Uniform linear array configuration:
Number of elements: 8
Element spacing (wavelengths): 0.5
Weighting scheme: binomial
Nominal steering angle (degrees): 15
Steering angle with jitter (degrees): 16.739
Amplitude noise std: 0.05
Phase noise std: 0.05

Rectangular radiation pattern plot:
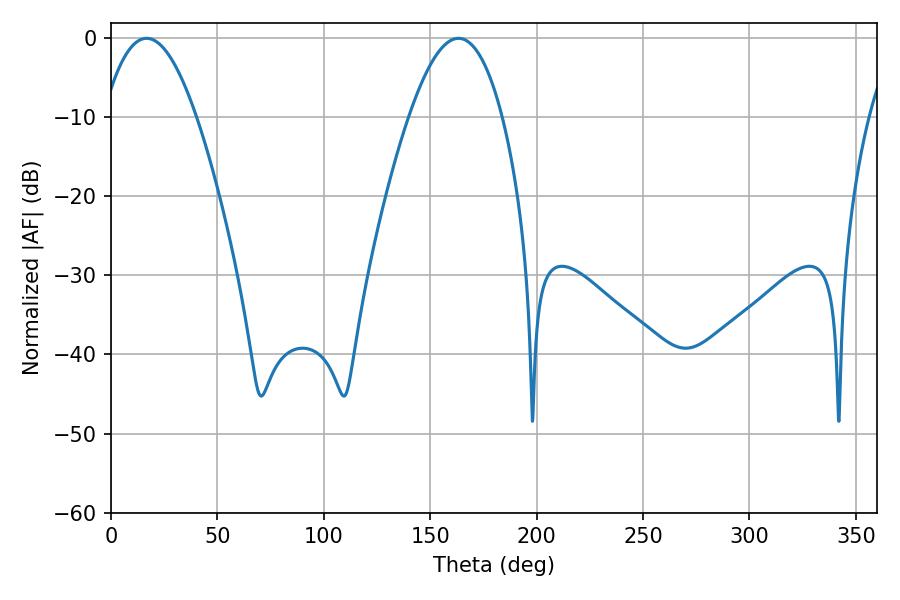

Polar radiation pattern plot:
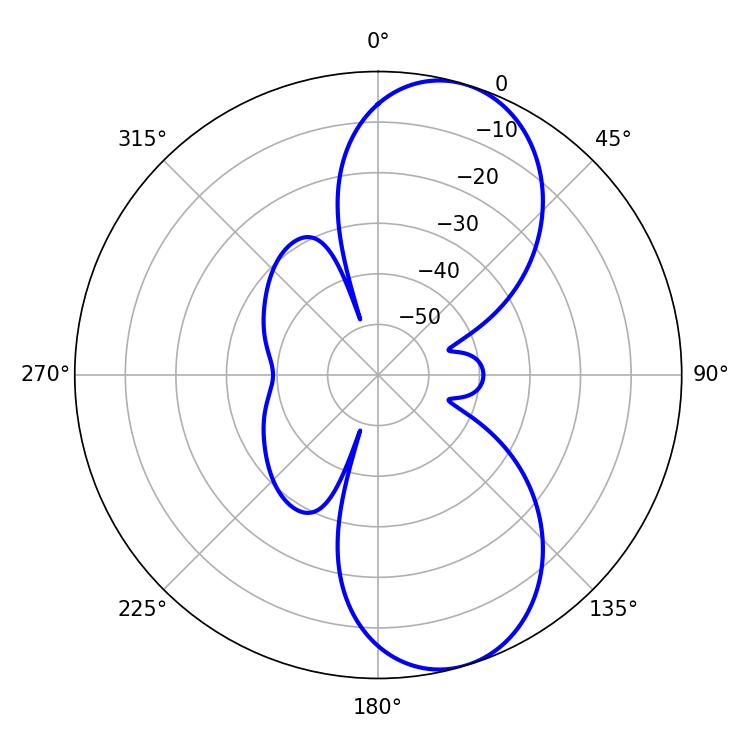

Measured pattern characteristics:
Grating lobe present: FALSE
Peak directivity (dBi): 8.733
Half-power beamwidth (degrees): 23.94
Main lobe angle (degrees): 16.74